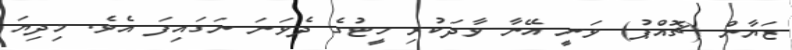
ޒަޔާން (ޗޮއްޕު) ވަނީ އޭނާ ވާދަކުރި ހީޓުގެ ދެވަނަ ނަގައިފަ އެވެ. މިދިޔަ